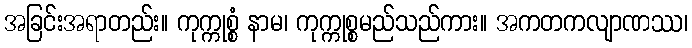
အခြင်းအရာတည်း။ ကုက္ကုစ္စံ နာမ၊ ကုက္ကုစ္စမည်သည်ကား။ အကတကလျာဏဿ၊